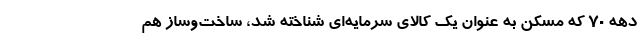
دهه ۷۰ که مسکن به عنوان یک کالای سرمایه‌ای شناخته شد، ساخت‌وساز هم